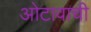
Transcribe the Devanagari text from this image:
ओटावाची